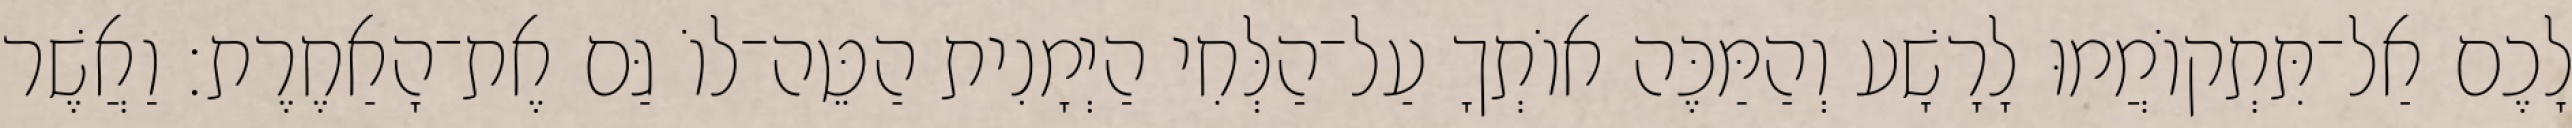
לָכֶם אַל־תִּתְקוֹמֲמוּ לָרָשָׁע וְהַמַּכֶּה אוֹתְךָ עַל־הַלְּחִי הַיְמָנִית הַטֵּה־לוֹ גַּם אֶת־הָאַחֶרֶת׃ וַאֲשֶׁר